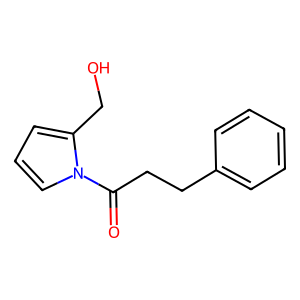
SMILES: O=C(CCc1ccccc1)n1cccc1CO
Inhibits HIV replication: No